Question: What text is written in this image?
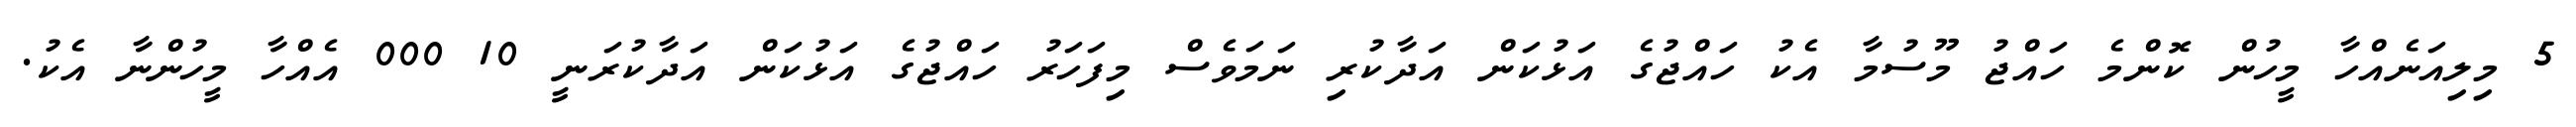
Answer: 5 މިލިއަނެއްހާ މީހުން ކޮންމެ ހައްޖު މޫސުމާ އެކު ހައްޖުގެ އަޅުކަން އަދާކުރި ނަމަވެސް މިފަހަރު ހައްޖުގެ އަޅުކަން އަދާކުރަނީ 10 000 އެއްހާ މީހުންނާ އެކު.